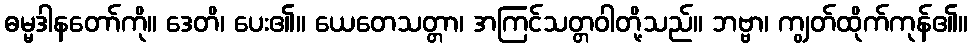
ဓမ္မဒါနတော်ကို။ ဒေတိ၊ ပေး၏။ ယေတေသတ္တာ၊ အကြင်သတ္တဝါတို့သည်။ ဘဗ္ဗာ၊ ကျွတ်ထိုက်ကုန်၏။